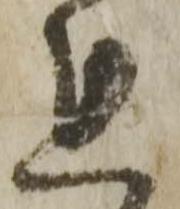
れ